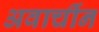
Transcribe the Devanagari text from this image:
अवार्चीन